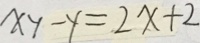
x y - y = 2 x + 2